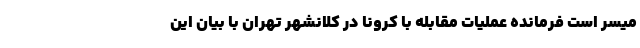
میسر است فرمانده عملیات مقابله با کرونا در کلانشهر تهران با بیان این